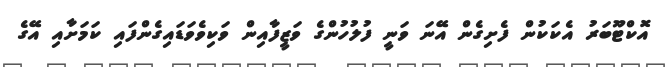
އޮކްޓޫބަރު އެކަކުން ފެށިގެން އޭނަ ވަނީ ފުލުހުންގެ ވަޒީފާއިން ވަކިވެވަޑައިގެންފައި ކަމަށާއި އޭގެ